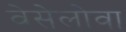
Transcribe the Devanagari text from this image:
वेसेलोवा